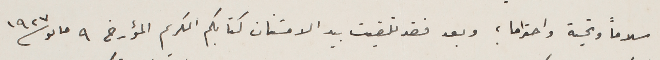
سلاماً وتحية واحترام ؛ " وبعد فقد تلقيت بيد الامتنان كتابكم الكريم المؤرخ ٩ مايو سنة ١٩٢٧